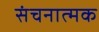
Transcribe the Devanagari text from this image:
संचनात्‍मक